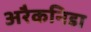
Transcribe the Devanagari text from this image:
अरैकनिडा